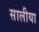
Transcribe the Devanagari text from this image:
सालीया